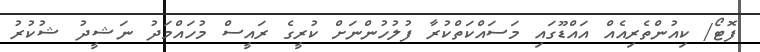
ފޮޓޯ/ ކިއުންތެރިއެއް އައްޑޫގައި މަސައްކަތްކުރާ ފުލުހުންނަށް ކުރީގެ ރައީސް މުހައްމަދު ނަޝީދު ޝުކުރު